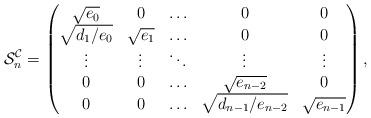
LaTeX: \begin{align*}\mathcal{S}^\mathcal{C}_n=\begin{pmatrix}\sqrt{e_0} & 0 & \ldots & 0 & 0\\\sqrt{d_1/e_0} & \sqrt{e_1} & \ldots & 0 & 0\\\vdots & \vdots & \ddots & \vdots & \vdots\\0 & 0 & \ldots & \sqrt{e_{n-2}} & 0\\0 & 0 & \ldots & \sqrt{d_{n-1}/e_{n-2}} & \sqrt{e_{n-1}}\end{pmatrix},\end{align*}